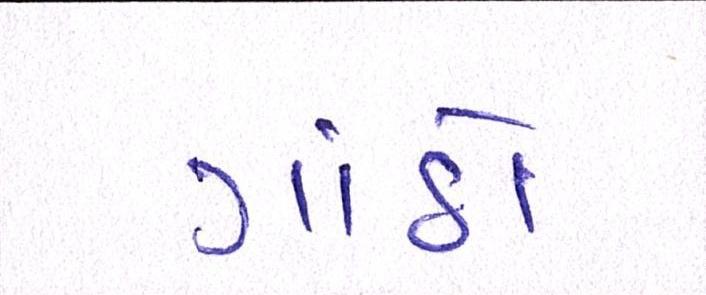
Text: ગાંઠો